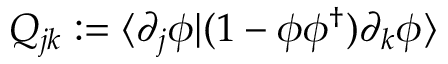
Q _ { j k } : = \langle \partial _ { j } \phi | ( { 1 } - \phi \phi ^ { \dagger } ) \partial _ { k } \phi \rangle